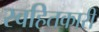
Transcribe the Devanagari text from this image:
स्वहितकारी